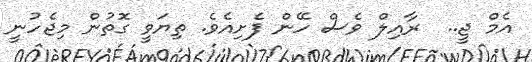
އެމް ޖީ..  ރާއިލް ވެސް ހޭން ފެށިއެވެ. ތިޔަވީ ގޮތުން މިޖެހުނީ